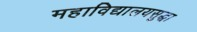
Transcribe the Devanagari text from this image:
महाविद्यालयसुद्धा